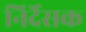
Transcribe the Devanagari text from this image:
निर्देसक